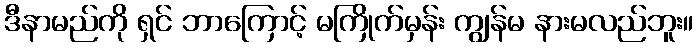
ဒီနာမည်ကို ရှင် ဘာကြောင့် မကြိုက်မှန်း ကျွန်မ နားမလည်ဘူး။